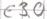
Text: E3.0